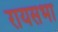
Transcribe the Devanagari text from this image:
रायसभा